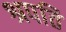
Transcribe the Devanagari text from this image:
श्रपति